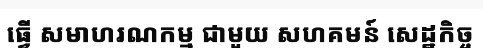
ធ្វើ សមាហរណកម្ម ជាមួយ សហគមន៍ សេដ្ឋកិច្ច